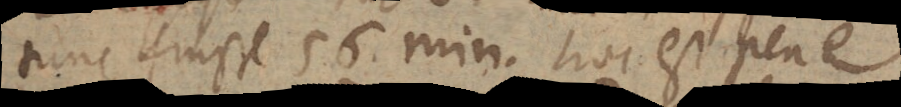
tunc fuisse 56 min. hoc est pene